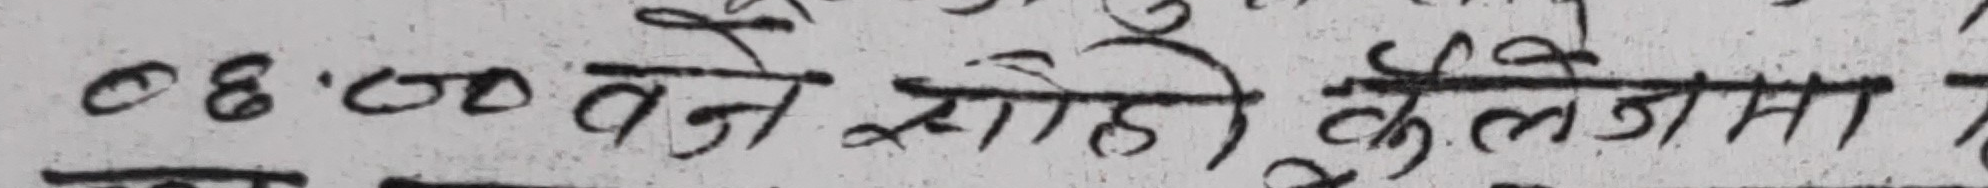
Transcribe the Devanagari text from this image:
०६:०० बजे साँझै कलेजमा